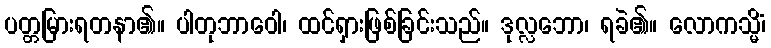
ပတ္တမြားရတနာ၏။ ပါတုဘာဝေါ၊ ထင်ရှားဖြစ်ခြင်းသည်။ ဒုလ္လဘော၊ ရခဲ၏။ လောကသ္မိံ၊